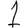
Digit: 1